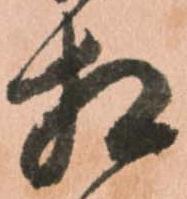
相